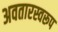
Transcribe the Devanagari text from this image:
अवतारस्वरूप